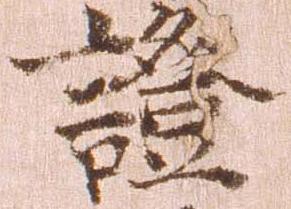
証